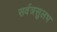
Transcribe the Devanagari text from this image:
सर्वत्रसुलभ